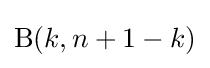
\mathrm {B} (k,n+1-k)